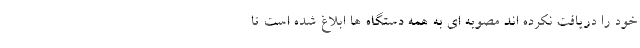
خود را دریافت نکرده اند مصوبه ای به همه دستگاه ها ابلاغ شده است تا